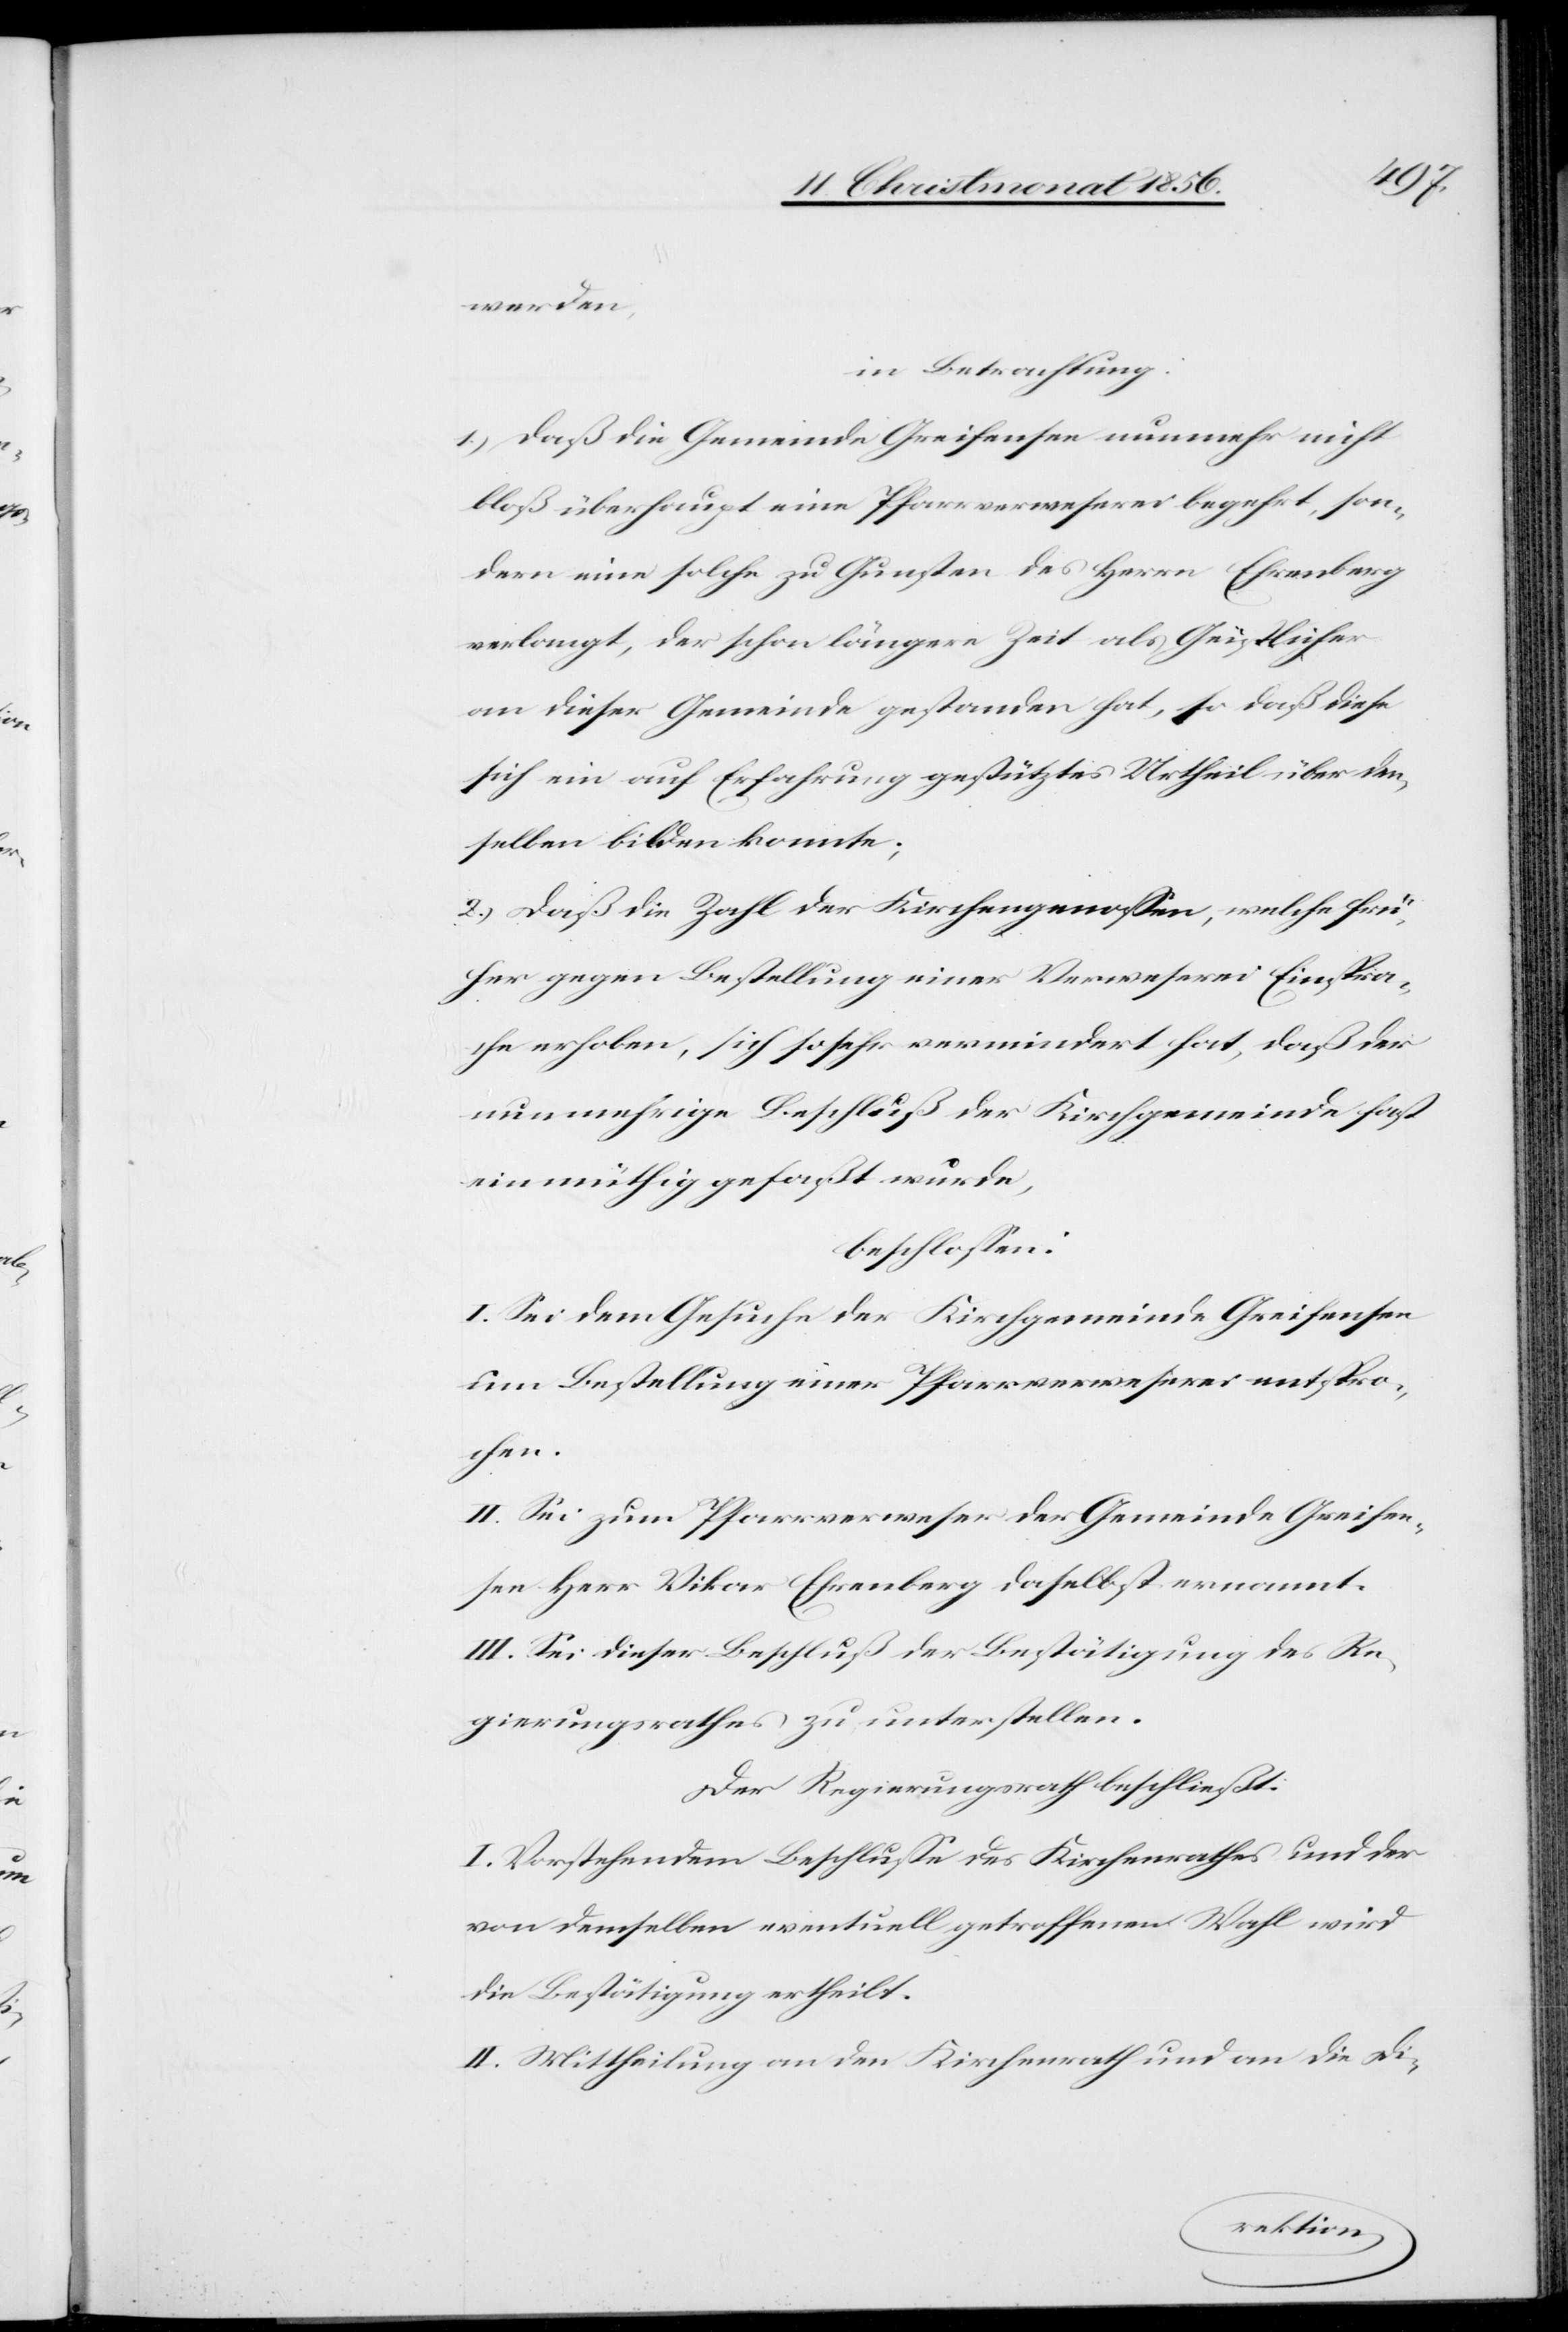
werden,
in Betrachtung:
1.) Daß die Gemeinde Greifensee nunmehr nicht
bloß überhaupt eine Pfarrverweserei begehrt, son¬
dern eine solche zu Gunsten des Herrn Ehrenberg
verlangt, der schon längere Zeit als Geistlicher
an dieser Gemeinde gestanden hat, so daß diese
sich ein auf Erfahrung gestütztes Urtheil über den¬
selben bilden konnte;
2.) Daß die Zahl der Kirchengenossen, welche frü¬
her gegen Bestellung einer Verweserei Einspra¬
che erhoben, sich so sehr vermindert hat, daß der
nunmehrige Beschluß der Kirchgemeinde fast
einmüthig gefaßt wurde,
beschlossen:
I. Sei dem Gesuche der Kirchgemeinde Greifensee
um Bestellung einer Pfarrverweserei entspro¬
chen.
II. Sei zum Pfarrverweser der Gemeinde Greifen¬
see Herr Vikar Ehrenberg daselbst ernannt.
III. Sei dieser Beschluß der Bestätigung des Re¬
gierungsrathes zu unterstellen.
Der Regierungsrath beschließt:
I. Vorstehendem Beschlusse des Kirchenrathes und der
von demselben eventuell getroffenen Wahl wird
die Bestätigung ertheilt.
II. Mittheilung an den Kirchenrath und an die Di-